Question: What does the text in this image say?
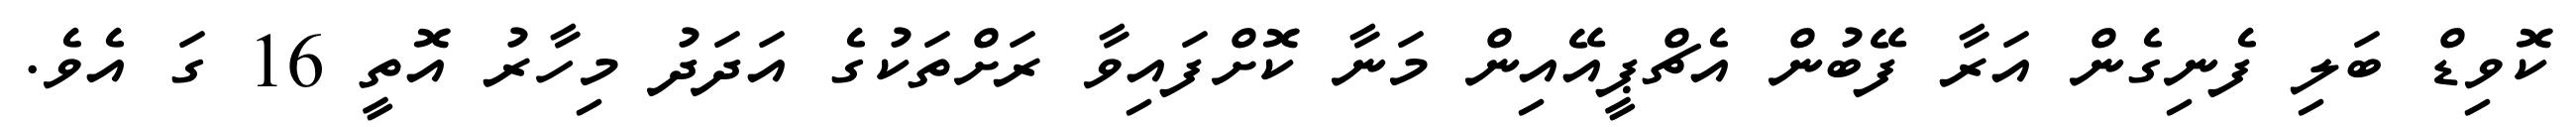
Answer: ކޮވިޑް ބަލި ފެނިގެން އަރާ ފޭބުން އެޗްޕީއޭއިން މަނާ ކޮށްފައިވާ ރަށްތަކުގެ އަދަދު މިހާރު އޮތީ 16 ގަ އެވެ.